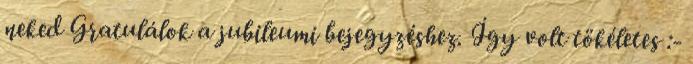
neked Gratulálok a jubileumi bejegyzéshez. Így volt tökéletes :-